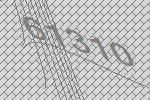
61310